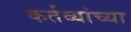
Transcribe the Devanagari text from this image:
कर्तव्यांच्या